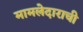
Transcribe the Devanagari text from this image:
मामलेदाराची